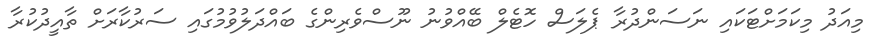
މިއަދު މިކަމަށްޓަކައި ނަސަންދުރާ ޕެލަސް ހޮޓެލް ބޭއްވުނު ނޫސްވެރިންގެ ބައްދަލުވުމުގައި ސަރުކާރަށް ތާއީދުކުރާ